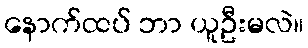
နောက်ထပ် ဘာ ယူဦးမလဲ။